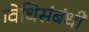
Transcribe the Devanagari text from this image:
विधिसंबंधी